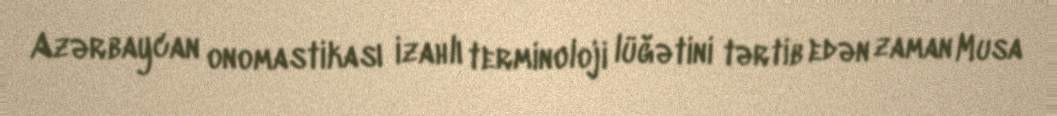
Azərbaycan onomastikası izahlı terminoloji lüğətini tərtib edən zaman Musa